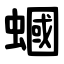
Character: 蟈